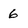
Character: 6